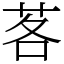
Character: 茖